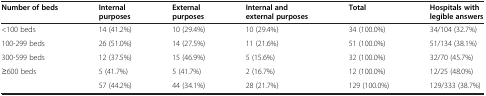
| Number of beds | Internal purposes | External purposes | Internal and external purposes | Total | Hospitals with legible answers |
 | --- | --- | --- | --- | --- | --- |
 | <100 beds | 14 (41.2%) | 10 (29.4%) | 10 (29.4%) | 34 (100.0%) | 34/104 (32.7%) |
 | 100-299 beds | 26 (51.0%) | 14 (27.5%) | 11 (21.6%) | 51 (100.0%) | 51/134 (38.1%) |
 | 300-599 beds | 12 (37.5%) | 15 (46.9%) | 5 (15.6%) | 32 (100.0%) | 32/70 (45.7%) |
 | ≥600 beds | 5 (41.7%) | 5 (41.7%) | 2 (16.7%) | 12 (100.0%) | 12/25 (48.0%) |
 |  | 57 (44.2%) | 44 (34.1%) | 28 (21.7%) | 129 (100.0%) | 129/333 (38.7%) |